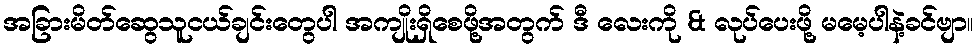
အခြားမိတ်ဆွေသူငယ်ချင်းတွေပါ အကျိုးရှိစေဖို့အတွက် ဒီ လေးကို & လုပ်ပေးဖို့ မမေ့ပါနဲ့ခင်ဗျာ။